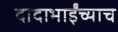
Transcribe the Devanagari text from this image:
दादाभाईंच्याच